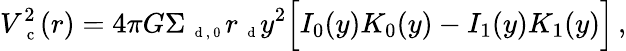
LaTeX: V_{\mathrm{~\small~c~}}^{2}(r)=4\pi G\Sigma_{\mathrm{~\scriptsize~d~,~0~}}r_{\mathrm{~\scriptsize~d~}}y^{2}\Big[I_{0}(y)K_{0}(y)-I_{1}(y)K_{1}(y)\Big]\, ,